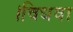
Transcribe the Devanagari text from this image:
।विधवा